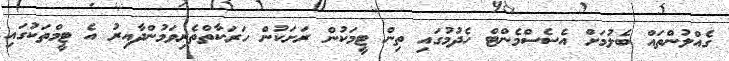
ގެއްލުންތައް ބެލުމަށް އެސެސްމެންޓް ހެދުމުގައި ތިން ޓީމަކުން ރަށަކުން ހަރަކާތްތެރިވަމުންދާއިރު އެ ޓީމްތަކުގައި